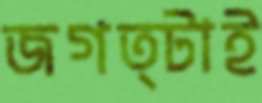
জগত্টাই